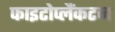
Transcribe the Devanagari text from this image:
फाइटोप्लैंकटन